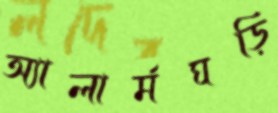
অ্যালার্মঘড়ি